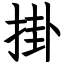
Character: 掛